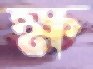
ক্ষ